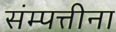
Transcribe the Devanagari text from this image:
संम्पत्तीना